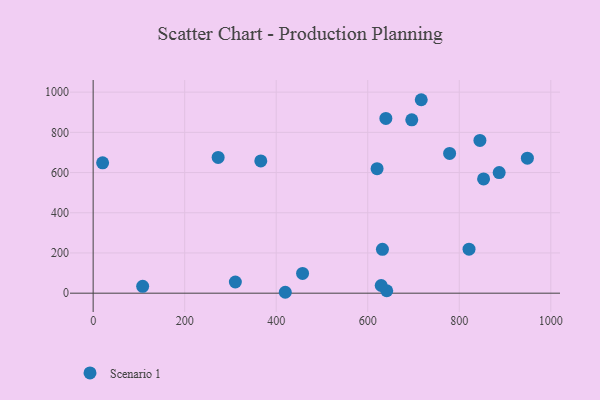
{"axis": {"x": "Investment", "y": "Fuel Efficiency"}, "legend": ["Scenario 1"], "data": [{"x": "366.3", "y": 657.8, "type": "Scenario 1"}, {"x": "639.6", "y": 869.2, "type": "Scenario 1"}, {"x": "853.1", "y": 568.5, "type": "Scenario 1"}, {"x": "457.6", "y": 98.4, "type": "Scenario 1"}, {"x": "716.9", "y": 962.3, "type": "Scenario 1"}, {"x": "310.7", "y": 55.7, "type": "Scenario 1"}, {"x": "632.1", "y": 218.0, "type": "Scenario 1"}, {"x": "821.3", "y": 218.7, "type": "Scenario 1"}, {"x": "887.2", "y": 599.9, "type": "Scenario 1"}, {"x": "108.2", "y": 34.3, "type": "Scenario 1"}, {"x": "641.5", "y": 12.1, "type": "Scenario 1"}, {"x": "948.8", "y": 671.8, "type": "Scenario 1"}, {"x": "778.9", "y": 695.1, "type": "Scenario 1"}, {"x": "273.1", "y": 675.1, "type": "Scenario 1"}, {"x": "419.8", "y": 4.5, "type": "Scenario 1"}, {"x": "629.4", "y": 38.1, "type": "Scenario 1"}, {"x": "20.7", "y": 648.2, "type": "Scenario 1"}, {"x": "696.2", "y": 862.2, "type": "Scenario 1"}, {"x": "620.4", "y": 619.4, "type": "Scenario 1"}, {"x": "845.1", "y": 759.9, "type": "Scenario 1"}]}